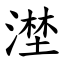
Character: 漜